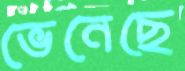
ভেনেছে